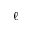
\ell